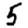
Digit: 5